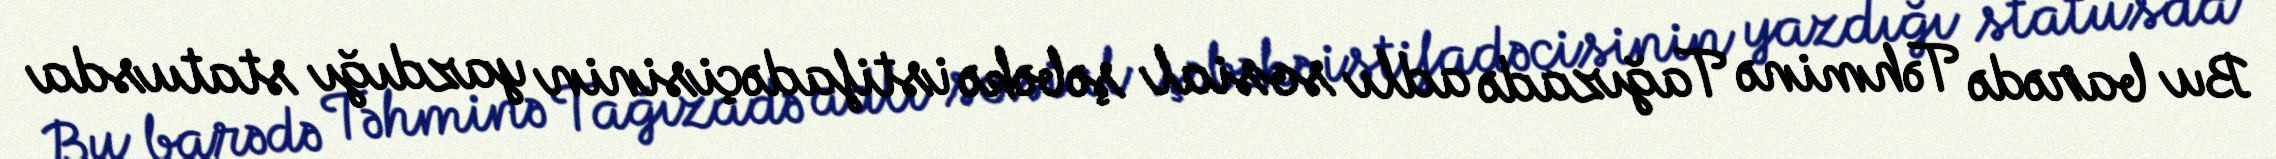
Bu barədə Təhminə Tağızadə adlı sosial şəbəkə istifadəçisinin yazdığı statusda